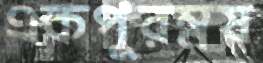
একপুরম্নষ